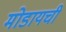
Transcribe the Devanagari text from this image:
मोडायची